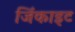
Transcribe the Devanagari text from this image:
जिंकाइट